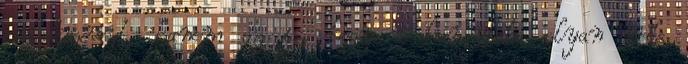
cselekményt, hanem az is, hogy a hangulata olyan erős